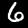
Digit: 6